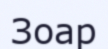
Зоар